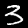
Digit: 3